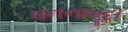
વનનાબૂદી